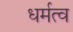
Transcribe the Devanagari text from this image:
धर्मत्व